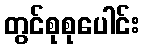
တွင်စုစုပေါင်း